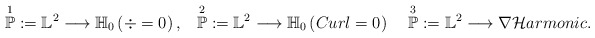
\begin{align*}\overset{1}{\mathbb{P}} := \mathbb{L}^{2} \longrightarrow \mathbb{H}_{0}\left(\div=0 \right), \;\;\;\overset{2}{\mathbb{P}} := \mathbb{L}^{2} \longrightarrow \mathbb{H}_{0}\left(Curl = 0 \right) \;\; \;\;\overset{3}{\mathbb{P}} := \mathbb{L}^{2} \longrightarrow \nabla \mathcal{H}armonic.\end{align*}